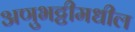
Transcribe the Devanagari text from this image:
अणुभट्टीमधील